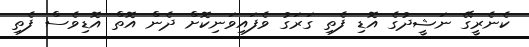
ކެނެރީގޭ ނަޝީދުގެ އޮޑި ފެތި ގަރަގު ވެފައިވަނިކޮށް ދެން އޮތް އޮޑިވެސް ފެތި